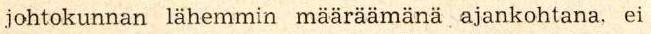
johtokunnan lähemmin määräämänä ajankohtana, ei